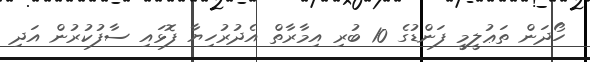
ހޯދަން ތަޢުލީމީ ފަންޑުގެ 10 ބުރި އިމާރާތް އެދުރުހިޔާ ފޮޅައި ސާފުކުރުން އަދި